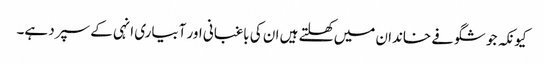
کیونکہ جو شگوفے خاندان میں کھلتے ہیں ان کی باغبانی اور آبیاری انہی کے سپرد ہے۔